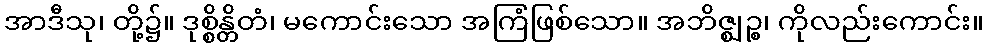
အာဒီသု၊ တို့၌။ ဒုစ္စိန္တိတံ၊ မကောင်းသော အကြံဖြစ်သော။ အဘိဇ္ဈဉ္စ၊ ကိုလည်းကောင်း။